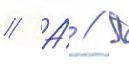
// А́ // П